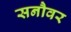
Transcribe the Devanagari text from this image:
सनौवर